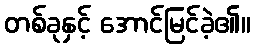
တစ်ခုနှင့် အောင်မြင်ခဲ့၏။